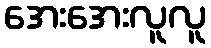
အေးအေးလူလူ